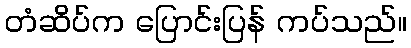
တံဆိပ်က ပြောင်းပြန် ကပ်သည်။